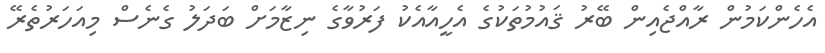
އެހެންކަމުން ރާއްޖެއިން ބޭރު ޤައުމުތަކުގެ އެހީއާއެކު ފަރުވާގެ ނިޒާމަށް ބަދަލު ގެނެސް މިއަހަރުތެރޭ